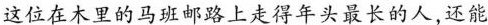
这位在木里的马班邮路上走得年头最长的人，还能